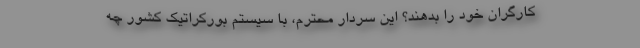
کارگران خود را بدهند؟ این سردار محترم، با سیستم بورکراتیک کشور چه